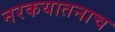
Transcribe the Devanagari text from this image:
नरकयातनाच